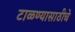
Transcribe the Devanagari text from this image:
टाळण्यासाठीचे